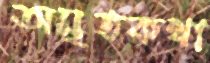
অমৃতকথা